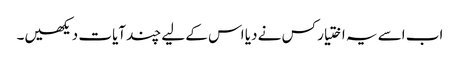
اب اسے یہ اختیار کس نے دیا اس کے لیے چند آیات دیکھیں۔